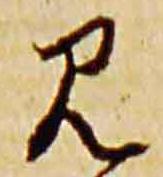
見